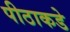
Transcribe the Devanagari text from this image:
पीठाकडे